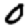
Digit: 0